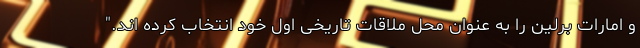
و امارات برلین را به عنوان محل ملاقات تاریخی اول خود انتخاب کرده اند."